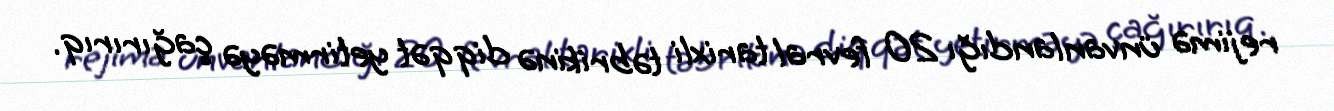
rejimə ünvanlandığı 20 fevral tarixli təbrikinə diqqət yetirməyə çağırırıq.